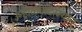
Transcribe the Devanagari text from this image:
उन्हाळ्यादरम्यान